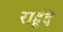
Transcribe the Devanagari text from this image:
राहूंदे